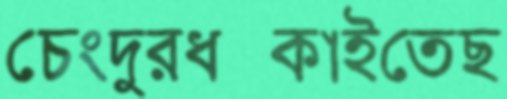
চেংদুরধস্‌কাইতেছ